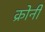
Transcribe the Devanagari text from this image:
क्रोनी